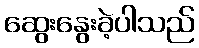
ဆွေးနွေးခဲ့ပါသည်